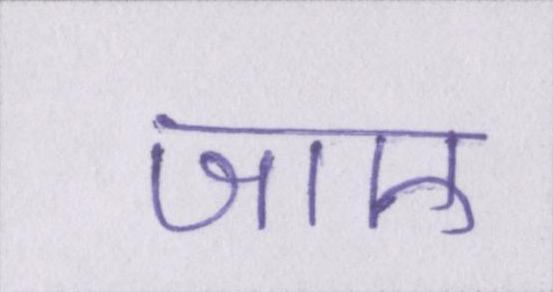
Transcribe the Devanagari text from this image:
जाए